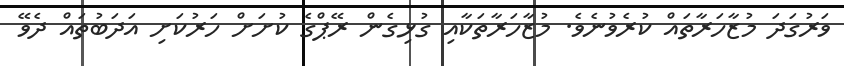
ވަރުގަދަ މުޒާހަރާތައް ކުރެވުނެވެ. މުޒާހަރާތަކާއި ގުޅިގެން ރޭޕްގެ ކުށަށް ހަރުކަށި އަދަބުތައް ދެވޭ